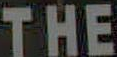
THE